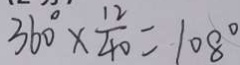
3 6 0 ^ { \circ } \times \frac { 1 2 } { 4 0 } = 1 0 8 ^ { \circ }